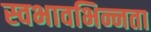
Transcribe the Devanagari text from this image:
स्वभावभिन्नता